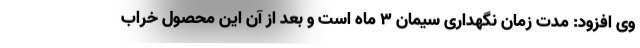
وی افزود: مدت زمان نگهداری سیمان ۳ ماه است و بعد از آن این محصول خراب